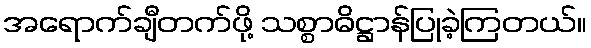
အရောက်ချီတက်ဖို့ သစ္စာဓိဋ္ဌာန်ပြုခဲ့ကြတယ်။